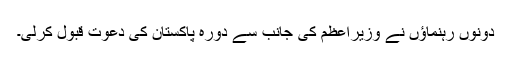
دونوں رہنماﺅں نے وزیراعظم کی جانب سے دورہ پاکستان کی دعوت قبول کرلی۔